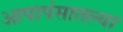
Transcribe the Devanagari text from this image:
आपापंसातल्या